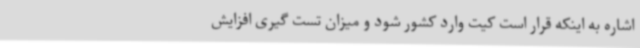
اشاره به اینکه قرار است کیت وارد کشور شود و میزان تست گیری افزایش